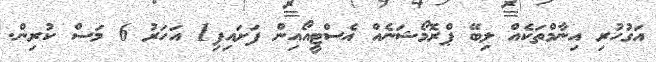
އަގުހުރި އިނާމްތަކެއް ލިބޭ ޕްރޮމޯޝަނެއް އެސްޓީއޯއިން ފަށައިފި1 އަހަރު 6 މަސް ކުރިން.